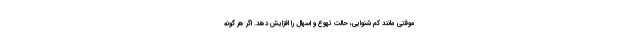
موقتی مانند کم شنوایی، حالت تهوع و اسهال را افزایش دهد. اگر هر گونه